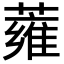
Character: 蕹